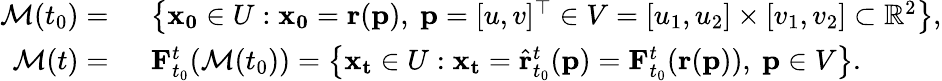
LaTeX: \begin{array}{rl}{\mathcal{M}(t_{0})=}&{{}\ \ \big\{ \mathbf{x_{0}}\in U:\mathbf{x_{0}}=\mathbf{r}(\mathbf{p}),\ \mathbf{p}=[u,v]^{\top}\in V=[u_{1},u_{2}]\times[v_{1},v_{2}]\subset\mathbb{R}^{2}\big\} ,}\\ {\mathcal{M}(t)=}&{{}\ \ \mathbf{F}_{t_{0}}^{t}(\mathcal{M}(t_{0}))=\big\{ \mathbf{x_{t}}\in U:\mathbf{x_{t}}=\hat{\mathbf{r}}_{t_{0}}^{t}(\mathbf{p})=\mathbf{F}_{t_{0}}^{t}(\mathbf{r}(\mathbf{p})),\ \mathbf{p}\in V\big\} .}\end{array}